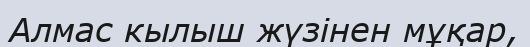
Алмас кылыш жүзінен мұқар,